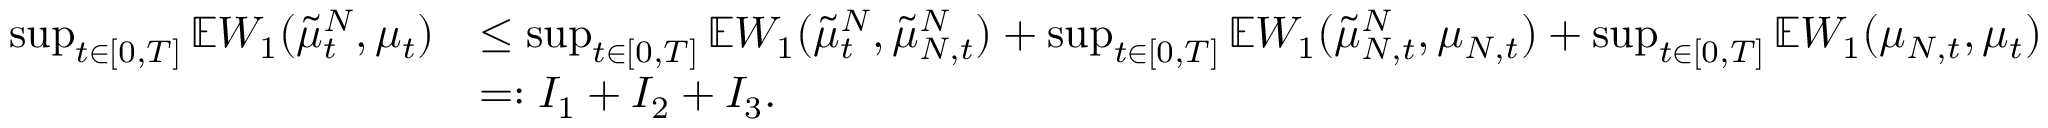
\begin{array} { r l } { \operatorname* { s u p } _ { t \in [ 0 , T ] } \mathbb { E } W _ { 1 } ( \tilde { \mu } _ { t } ^ { N } , \mu _ { t } ) } & { \leq \operatorname* { s u p } _ { t \in [ 0 , T ] } \mathbb { E } W _ { 1 } ( \tilde { \mu } _ { t } ^ { N } , \tilde { \mu } _ { N , t } ^ { N } ) + \operatorname* { s u p } _ { t \in [ 0 , T ] } \mathbb { E } W _ { 1 } ( \tilde { \mu } _ { N , t } ^ { N } , \mu _ { N , t } ) + \operatorname* { s u p } _ { t \in [ 0 , T ] } \mathbb { E } W _ { 1 } ( \mu _ { N , t } , \mu _ { t } ) } \\ & { = : I _ { 1 } + I _ { 2 } + I _ { 3 } . } \end{array}